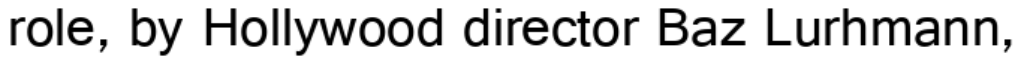
role, by Hollywood director Baz Lurhmann,